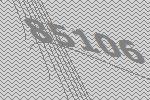
85106